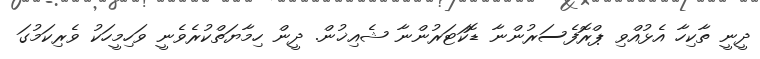
ދީނީ ތާކިހާ އެޅުއްވި ޕްރޮފެސަރުންނާ ޑޮކަޓަރުންނާ ޝެއިޚުން. ދީން ހިމާޔަތްކުރެވެނީ ވަހިމީހަކު ވެރިކަމުގަ